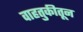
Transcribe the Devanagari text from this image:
वाहतुकीतून